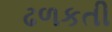
ઢળકતી